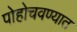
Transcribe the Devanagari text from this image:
पोहोचवण्यात